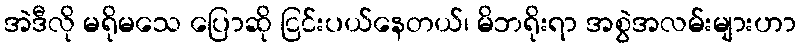
အဲဒီလို မရိုမသေ ပြောဆို ငြင်းပယ်နေတယ်၊ မိဘရိုးရာ အစွဲအလမ်းများဟာ